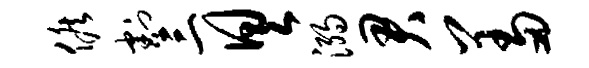
候割三具溺君羞